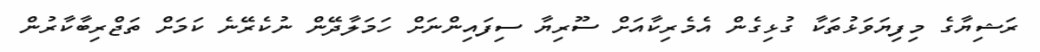
ރަޝިޔާގެ މިފިޔަވަޅުތަކާ ގުޅިގެން އެމެރިކާއަށް ސޫރިޔާ ސިފައިންނަށް ހަމަލާދޭން ނުކެރޭނެ ކަމަށް ތަޖްރިބާކާރުން